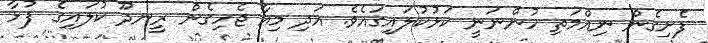
ފެށިގެން ނިއްމަތި ހުންނަނީ ކަޅުކުލައިގައެވެ. އަދި މިއާ ޖެހިގެން ރީނދޫ ކުލައިގެ ފުޅާ